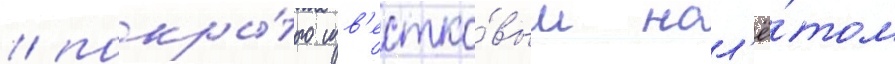
/ покры́того изв'естко́вым нал'ё́том